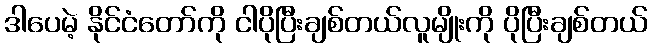
ဒါပေမဲ့ နိုင်ငံတော်ကို ငါပိုပြီးချစ်တယ်လူမျိုးကို ပိုပြီးချစ်တယ်